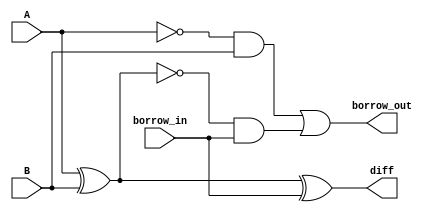
module Subtractor_1bit(
output diff,borrow_out,
input A,B,borrow_in
    );
    wire A_bar;
    wire XOR_1_out;
    wire XOR_1_out_bar;
    wire AND_1_out;
    nor N1(A_bar,A);
    nor N2(XOR_1_out_bar,XOR_1_out);
    
    xor X1(XOR_1_out,A,B);
    and A1(AND_1_out,A_bar,B);
    
    xor X2(diff,XOR_1_out,borrow_in);
    and A2(AND_2_out,XOR_1_out_bar,borrow_in);
    
    or OR(borrow_out,AND_1_out,AND_2_out);
    
endmodule